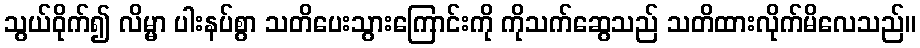
သွယ်ဝိုက်၍ လိမ္မာ ပါးနပ်စွာ သတိပေးသွားကြောင်းကို ကိုသက်ဆွေသည် သတိထားလိုက်မိလေသည်။